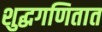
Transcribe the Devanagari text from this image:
शुद्धगणितात